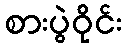
စားပွဲဝိုင်း